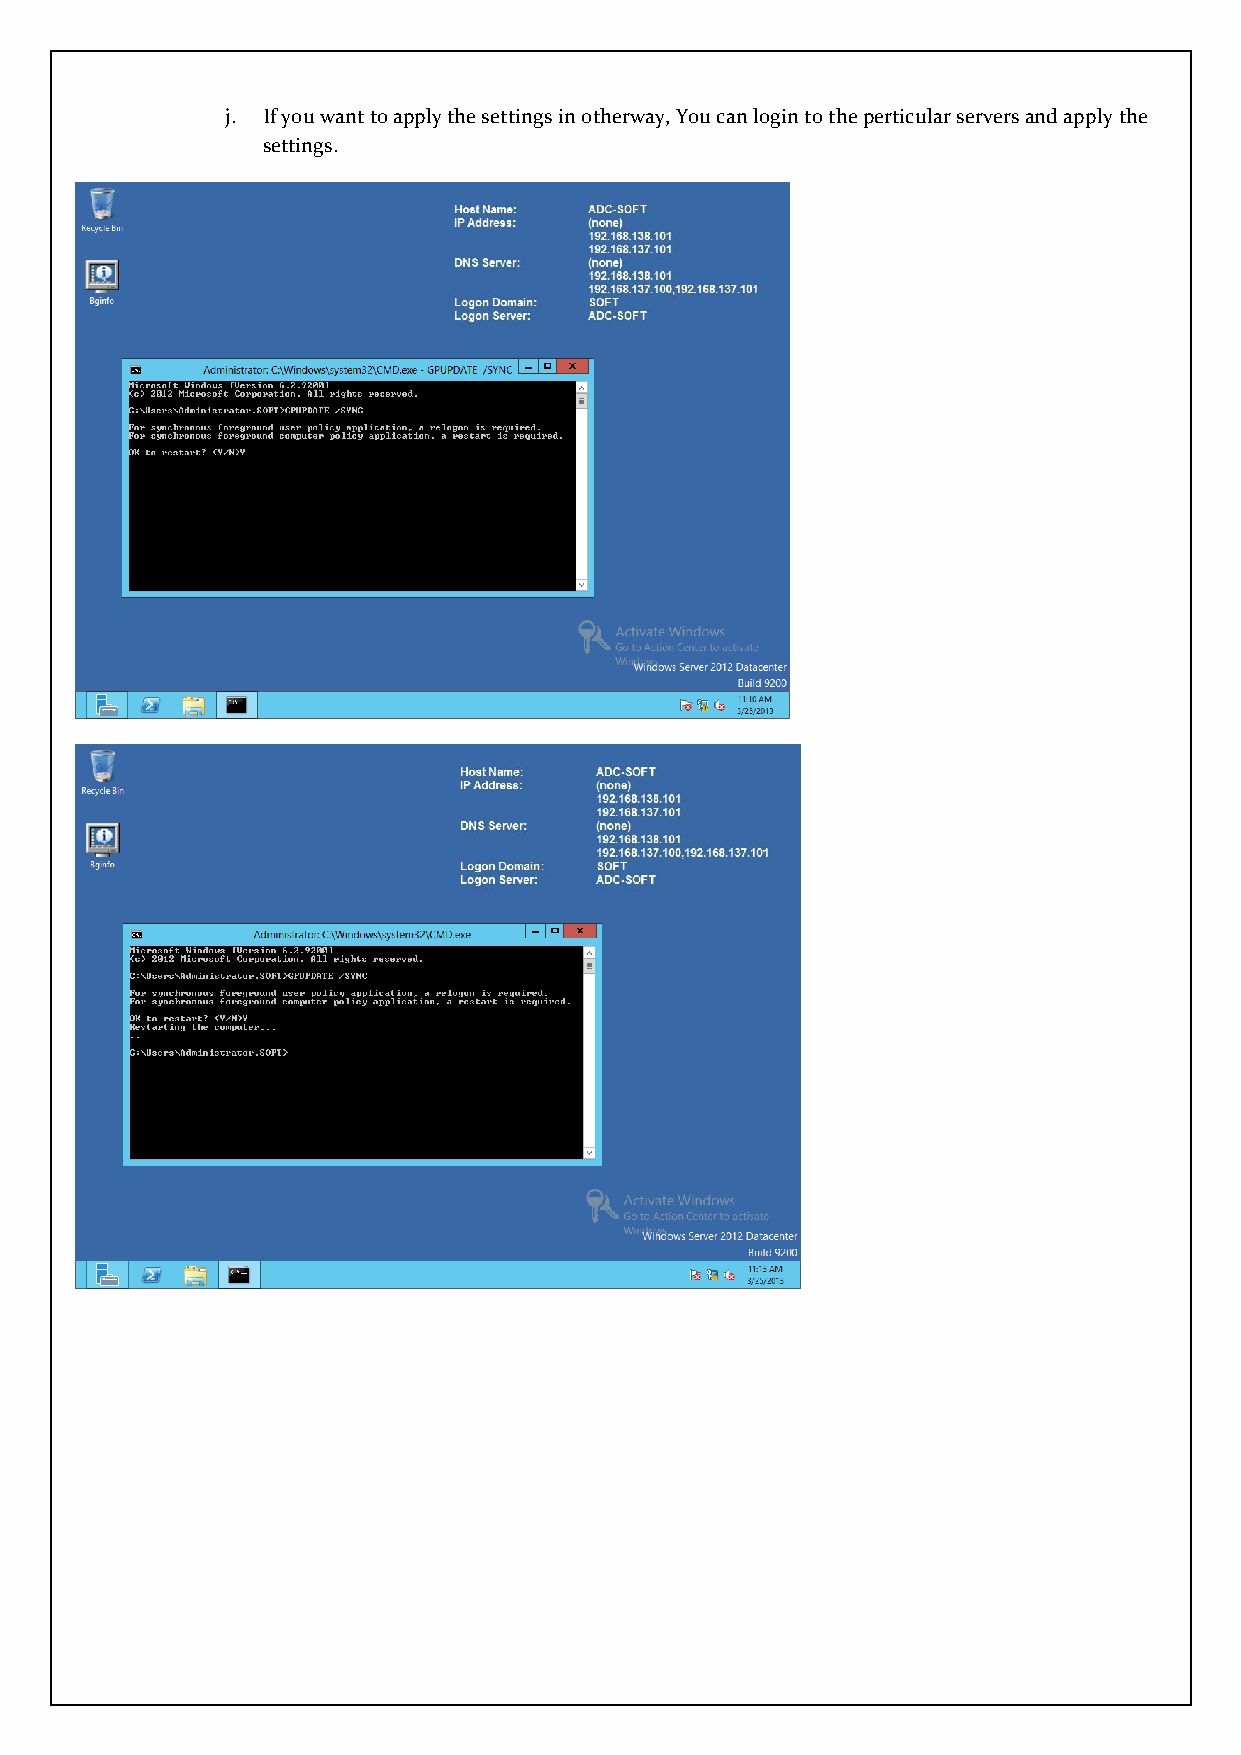
j. If you want to apply the settings in otherway, You can login to the perticular servers and apply the
 settings.